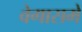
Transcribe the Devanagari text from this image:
वेगासमें